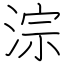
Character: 淙